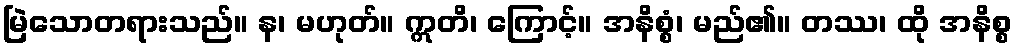
မြဲသောတရားသည်။ န၊ မဟုတ်။ ဣတိ၊ ကြောင့်။ အနိစ္စံ၊ မည်၏။ တဿ၊ ထို အနိစ္စ